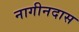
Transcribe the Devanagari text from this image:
नागीनदास